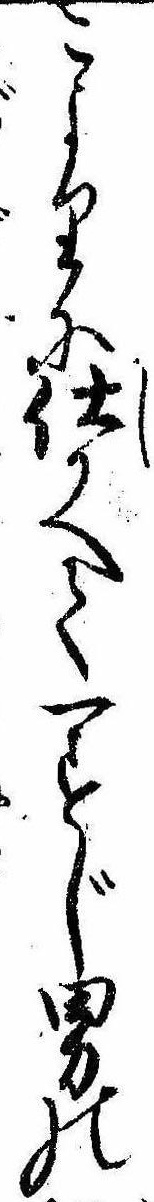
こよりに仕かへて一すじ男の